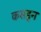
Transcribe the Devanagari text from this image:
कसडून